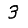
Digit: 3